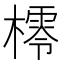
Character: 㯪